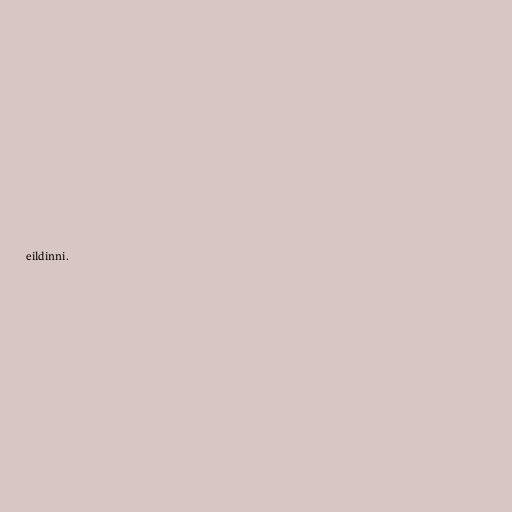
eildinni.